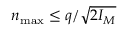
n _ { \mathrm { m a x } } \leq q / \sqrt { 2 I _ { M } }